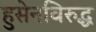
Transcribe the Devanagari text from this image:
हुसेनविरुद्ध